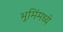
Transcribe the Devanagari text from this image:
भूमिंमध्ये